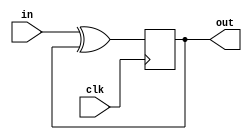
module top_module (
    input clk,
    input in, 
    output out);
    
    wire d;
    assign d = in ^ out;
    
    always @(posedge clk)
        begin
            out <= d;
        end
endmodule